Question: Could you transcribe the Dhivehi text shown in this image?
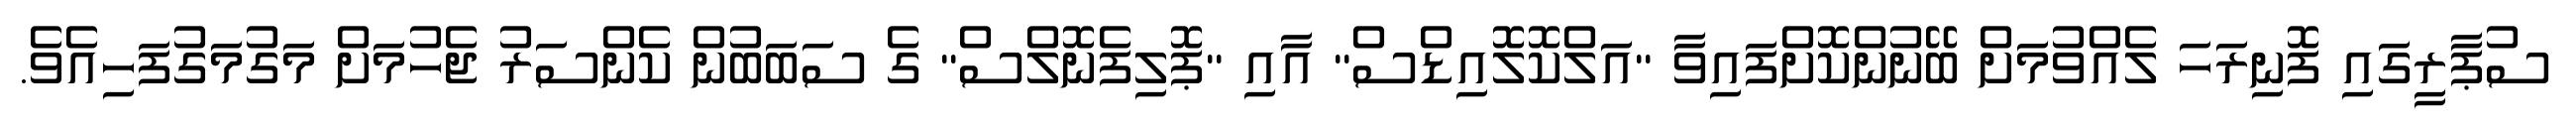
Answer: ސުޕާރީގައި ފޮނިރަހަ ލެއްވުމަށް ބޭނުންކޮށްފައިވާ "އަލްކޮލޮއިޑްސް" އާއި "ޕޮލިފެނޮލްސް" ގެ ސަބަބުން ކެންސަރު ޖެހުމަށް މަގުމަގުފަހިއެވެ.